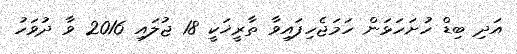
އަދި ބިޑް ހުށަހަޅަން ހަމަޖެހިފައިވާ ތާރީޚަކީ 18 ޖުލައި 2016 ވާ ދުވަހު